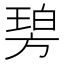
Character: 𣄋